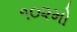
૧૦૨મો